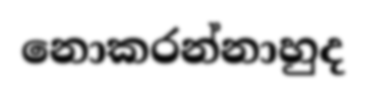
නොකරන්නාහුද